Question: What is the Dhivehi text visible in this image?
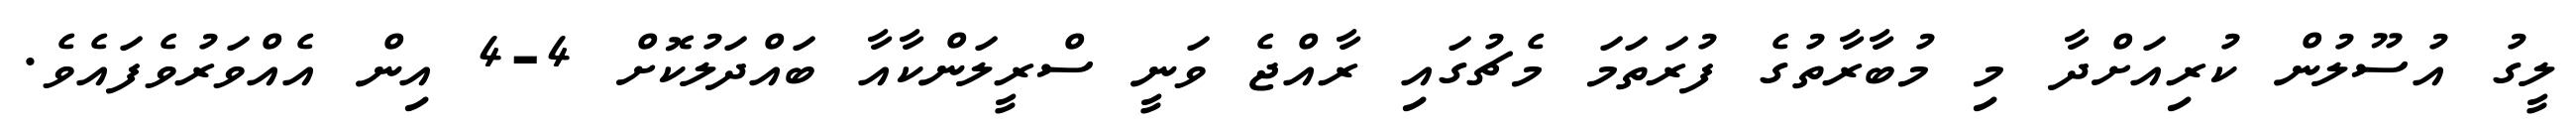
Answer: ލީގު އުސޫލުން ކުރިއަށްދާ މި މުބާރާތުގެ ފުރަތަމަ މެޗުގައި ރާއްޖެ ވަނީ ސްރީލަންކާއާ ބައްދަލުކޮށް 4-4 އިން އެއްވަރުވެފައެވެ.